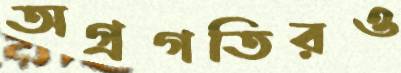
অগ্রগতিরও